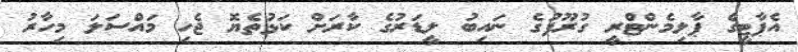
އެޕާޓީގެ ޕާލިމެންޓްރީ ގުރޫޕުގެ ނައިބު ލީޑަރުގެ ކާރަށް ކަޅުތެޔޮ ޖެހި މައްސަލަ މިހާރު